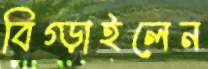
বিগ্‌ড়াইলেন